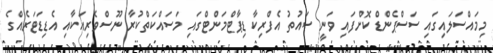
މިމައްސަލައިގައި ސަސްޕެންޑް ކޮށްފައި ވަނީ ސައުތު އެފްރިކާ ޑިޕާޓްމަންޓްގައި މަސައްކަތްކުރާ ނޫސްވެރިއަކާއި އެޑިޑަޓަރެއްގެ